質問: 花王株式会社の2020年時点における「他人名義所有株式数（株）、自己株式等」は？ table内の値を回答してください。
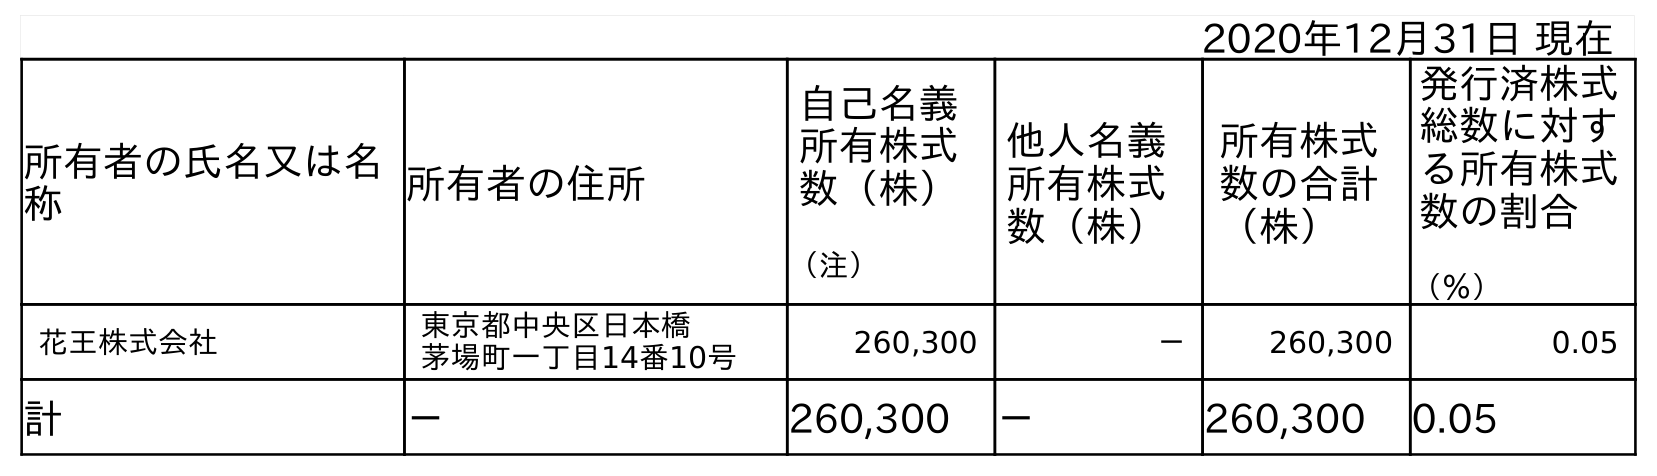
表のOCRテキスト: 2020年12月31日 現在 所有者の氏名又は名 称 所有者の住所 自己名義 所有株式 数（株） （注） 他人名義 所有株式 数（株） 所有株式 数の合計 （株） 発行済株式 総数に対す る所有株式 数の割合 （％） 花王株式会社 東京都中央区日本橋 茅場町一丁目14番10号 260,300 － 260,300 0.05 計 － 260,300 － 260,300 0.05
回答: －